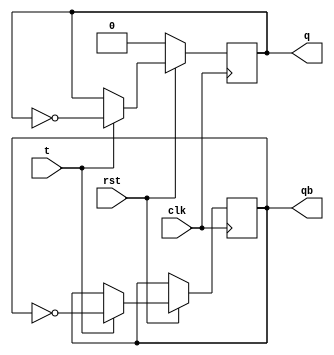
module tff(t,clk,rst,q,qb);
  input t,clk, rst;
  output reg q, qb;
  always @(posedge clk)
  begin
    if (rst == 0)
      q <=0;
    else
      if (t==0) begin q<=q; qb<=qb; end
      else if (t==1) begin q<=~q; qb<=~qb; end
  end
endmodule